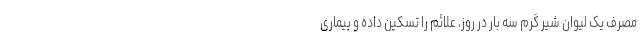
مصرف یک لیوان شیر گرم سه بار در روز، علائم را تسکین داده و بیماری